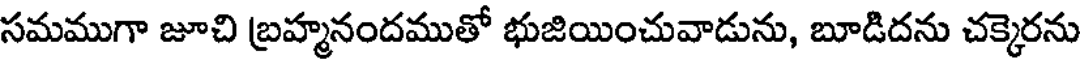
సమముగా జూచి బ్రహ్మనందముతో భుజియించువాడును, బూడిదను చక్కెరను